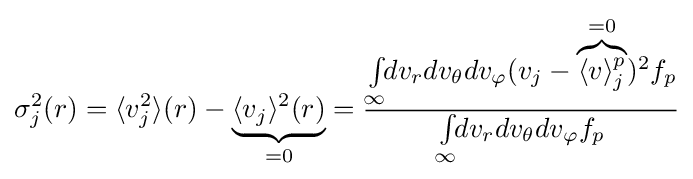
\sigma _{j}^{2}(r)=\langle {v_{j}^{2}}\rangle (r)-\underbrace {\langle {v_{j}}\rangle ^{2}(r)} _{=0}={\int \limits _{\infty }\!\!dv_{r}dv_{\theta }dv_{\varphi }({v}_{j}-\overbrace {\langle {v}\rangle _{j}^{p}} ^{=0})^{2}f_{p} \over \int \limits _{\infty }\!\!dv_{r}dv_{\theta }dv_{\varphi }f_{p}}